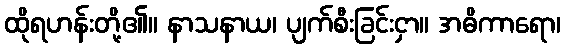
ထိုရဟန်းတို့၏။ နာသနာယ၊ ပျက်စီးခြင်းငှာ။ အဓိကာရော၊